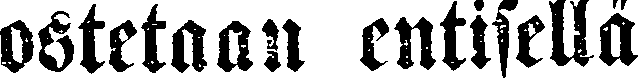
ostetaan entisellä